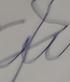
Signature authenticity: forged